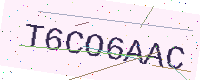
Text: T6CO6AAC